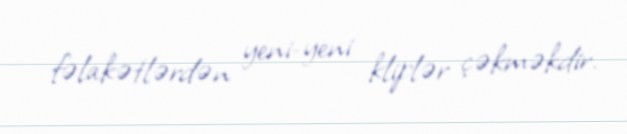
fəlakətlərdən yeni-yeni kliplər çəkməkdir.